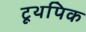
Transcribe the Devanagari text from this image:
टूथपिक